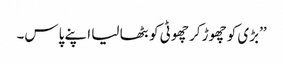
’’بڑی کو چھوڑ کر چھوٹی کو بٹھا لیا اپنے پاس۔